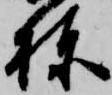
棟